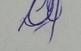
Signature authenticity: genuine